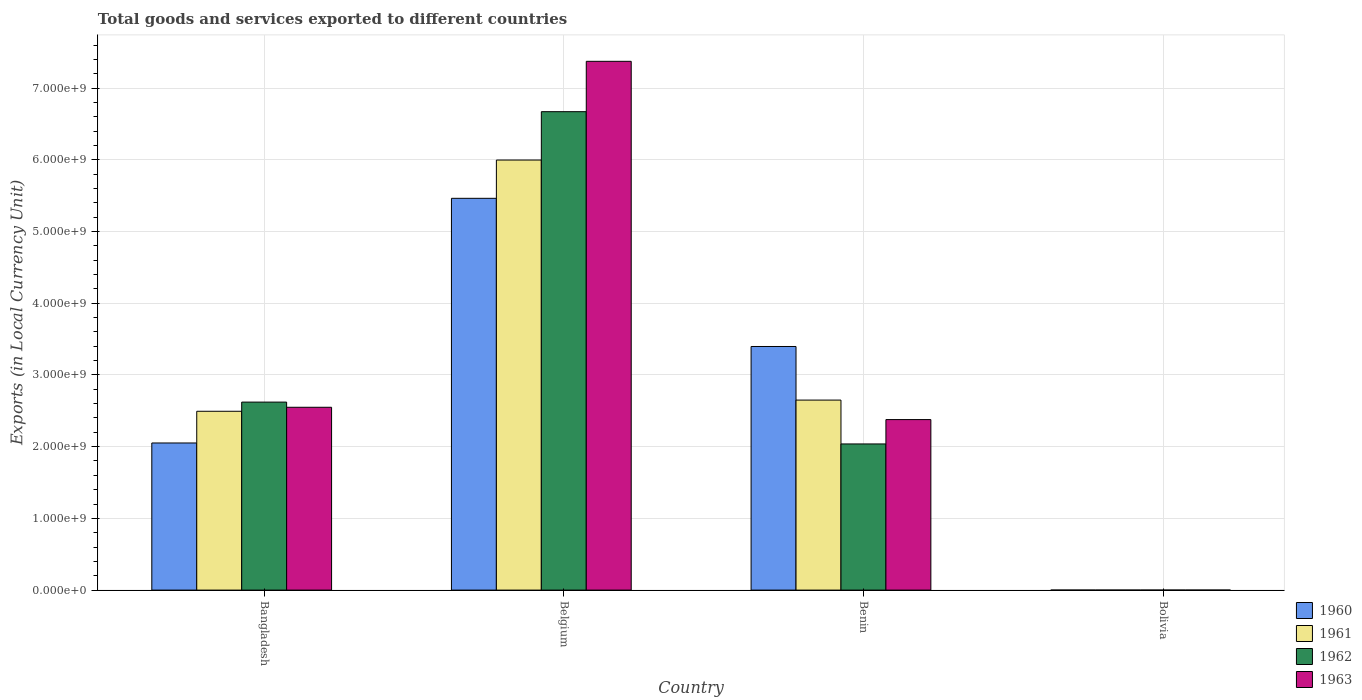
| Country | 1960 | 1961 | 1962 | 1963 |
 | --- | --- | --- | --- | --- |
 | Bangladesh | 2.05e+09 | 2.49e+09 | 2.62e+09 | 2.55e+09 |
 | Belgium | 5.46e+09 | 6e+09 | 6.67e+09 | 7.37e+09 |
 | Benin | 3.4e+09 | 2.65e+09 | 2.04e+09 | 2.38e+09 |
 | Bolivia | 900 | 1e+03 | 1e+03 | 1.2e+03 |